Scottish Certificate of Education, 1962
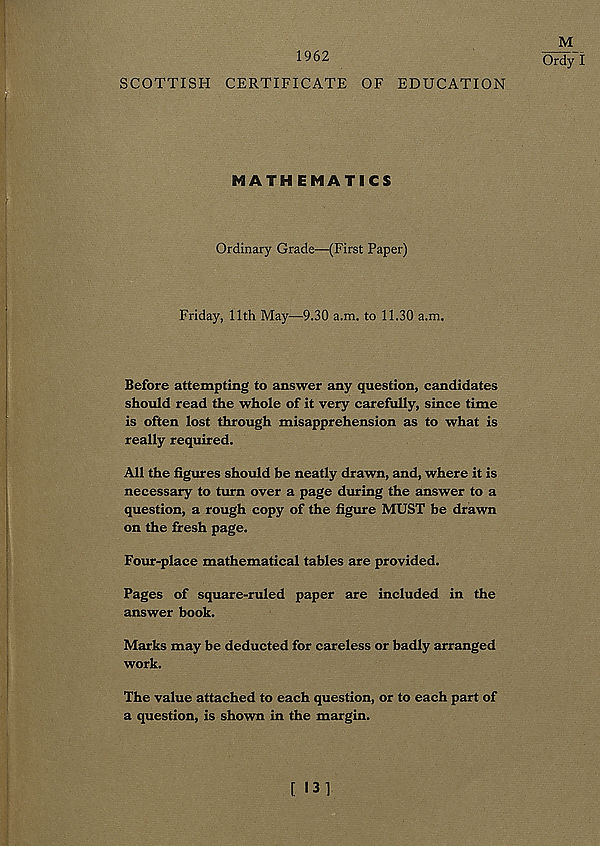
1962
SCOTTISH CERTIFICATE OF EDUCATION
MATHEMATICS
Ordinary Grade—(First Paper)
Friday, 11th May—9.30 a.m. to 11.30 a.m.
Before attempting to answer any question, candidates
should read the whole of it very carefully, since time
is often lost through misapprehension as to what is
really required.
All the figures should be neatly drawn, and, where it is
necessary to turn over a page during the answer to a
question, a rough copy of the figure MUST be drawn
on the fresh page.
Four-place mathematical tables are provided.
Pages of square-ruled paper are included in the
answer book.
Marks may be deducted for careless or badly arranged
work.
The value attached to each question, or to each part of
a question, is shown in the margin.
M
Ordy I
[ 131